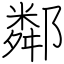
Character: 鄰